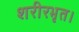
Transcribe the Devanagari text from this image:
शरीरभृत।